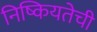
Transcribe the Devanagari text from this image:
निष्कियतेची